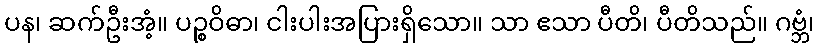
ပန၊ ဆက်ဦးအံ့။ ပဉ္စဝိဓာ၊ ငါးပါးအပြားရှိသော။ သာ ဧသာ ပီတိ၊ ပီတိသည်။ ဂဗ္ဘံ၊